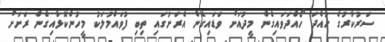
ސަރުކާރުގެ ހުއްދަ ހޯއްދަވައިގެން މީދުއަށް ވަޑައިގެން އެރަށުގައި ތިބި ފުވައްމުލަކު މީހުންކޮޅާއިގެން ރަށަށް